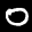
Label: 0